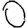
Digit: 0